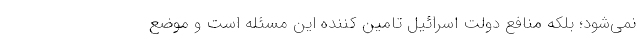
نمی‌شود؛ بلکه منافع دولت اسرائیل تامین کننده این مسئله است و موضع